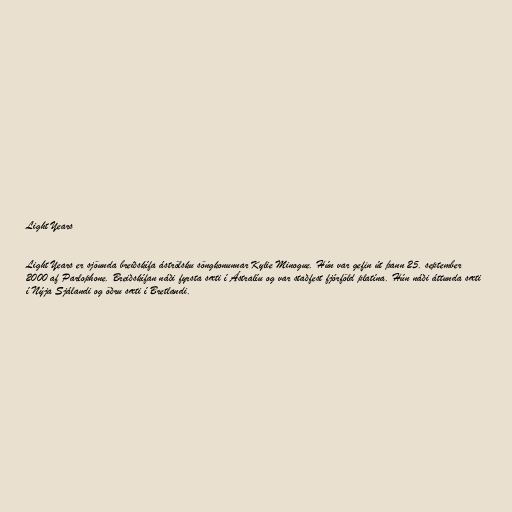
Light Years

Light Years er sjöunda breiðskífa áströlsku söngkonunnar Kylie Minogue. Hún var gefin út þann 25. september
2000 af Parlophone. Breiðskífan náði fyrsta sæti í Ástralíu og var staðfest fjórföld platína. Hún náði áttunda sæti
í Nýja Sjálandi og öðru sæti í Bretlandi.